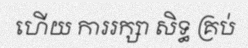
ហើយ ការរក្សា សិទ្ធ គ្រប់